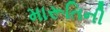
મારૂતિની